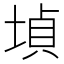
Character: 𡎞